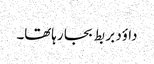
داؤد بر بط بجا رہاتھا۔